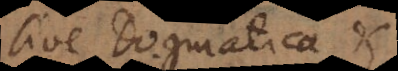
sive Dogmatica et